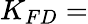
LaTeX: K_{FD}=